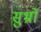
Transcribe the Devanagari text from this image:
सुभ्रो